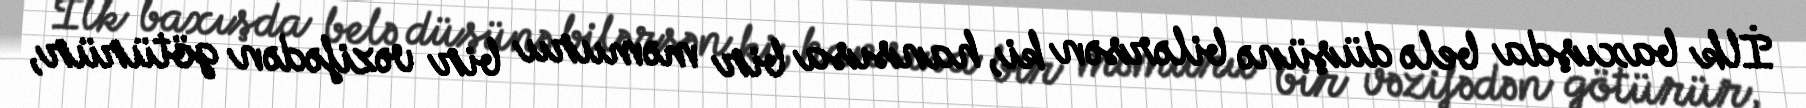
İlk baxışda belə düşünə bilərsən ki, hansısa bir məmuru bir vəzifədən götürür,